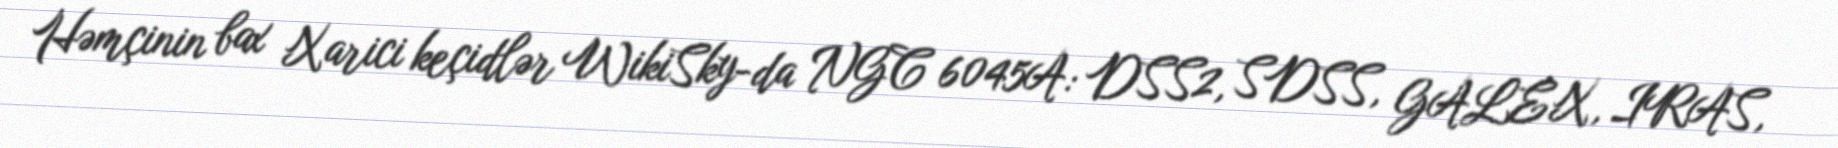
Həmçinin bax Xarici keçidlər WikiSky-da NGC 6045A: DSS2, SDSS, GALEX, IRAS,